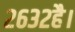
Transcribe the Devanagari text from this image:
२६३२है।